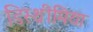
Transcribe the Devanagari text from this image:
डिस्थीमिया